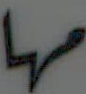
مها